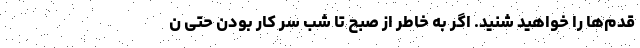
قدم‌ها را خواهید شنید. اگر به خاطر از صبح تا شب سر کار بودن حتی ن